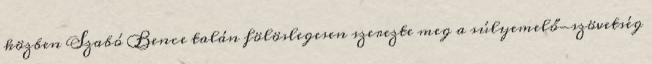
közben Szabó Bence talán fölöslegesen szerezte meg a súlyemelő-szövetség